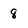
Character: 8